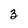
Character: 3